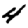
Digit: 4